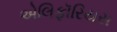
એલિફૉરિયસ